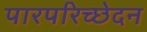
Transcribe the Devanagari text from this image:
पारपरिच्छेदन